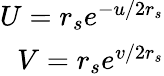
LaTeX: \begin{array}{r}{U=r_{s}e^{-u/2r_{s}}}\\ {V=r_{s}e^{v/2r_{s}}}\end{array}